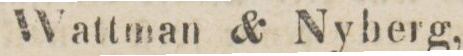
Wattman & Nyberg,